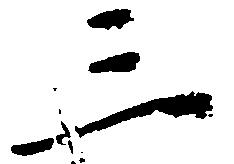
三